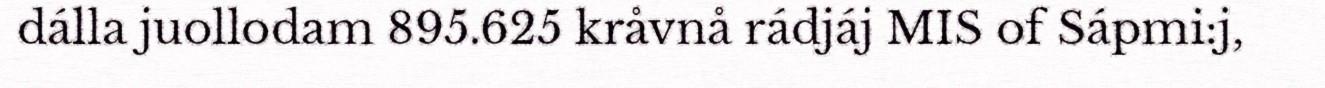
dálla juollodam 895.625 kråvnå rádjáj MIS of Sápmi:j,